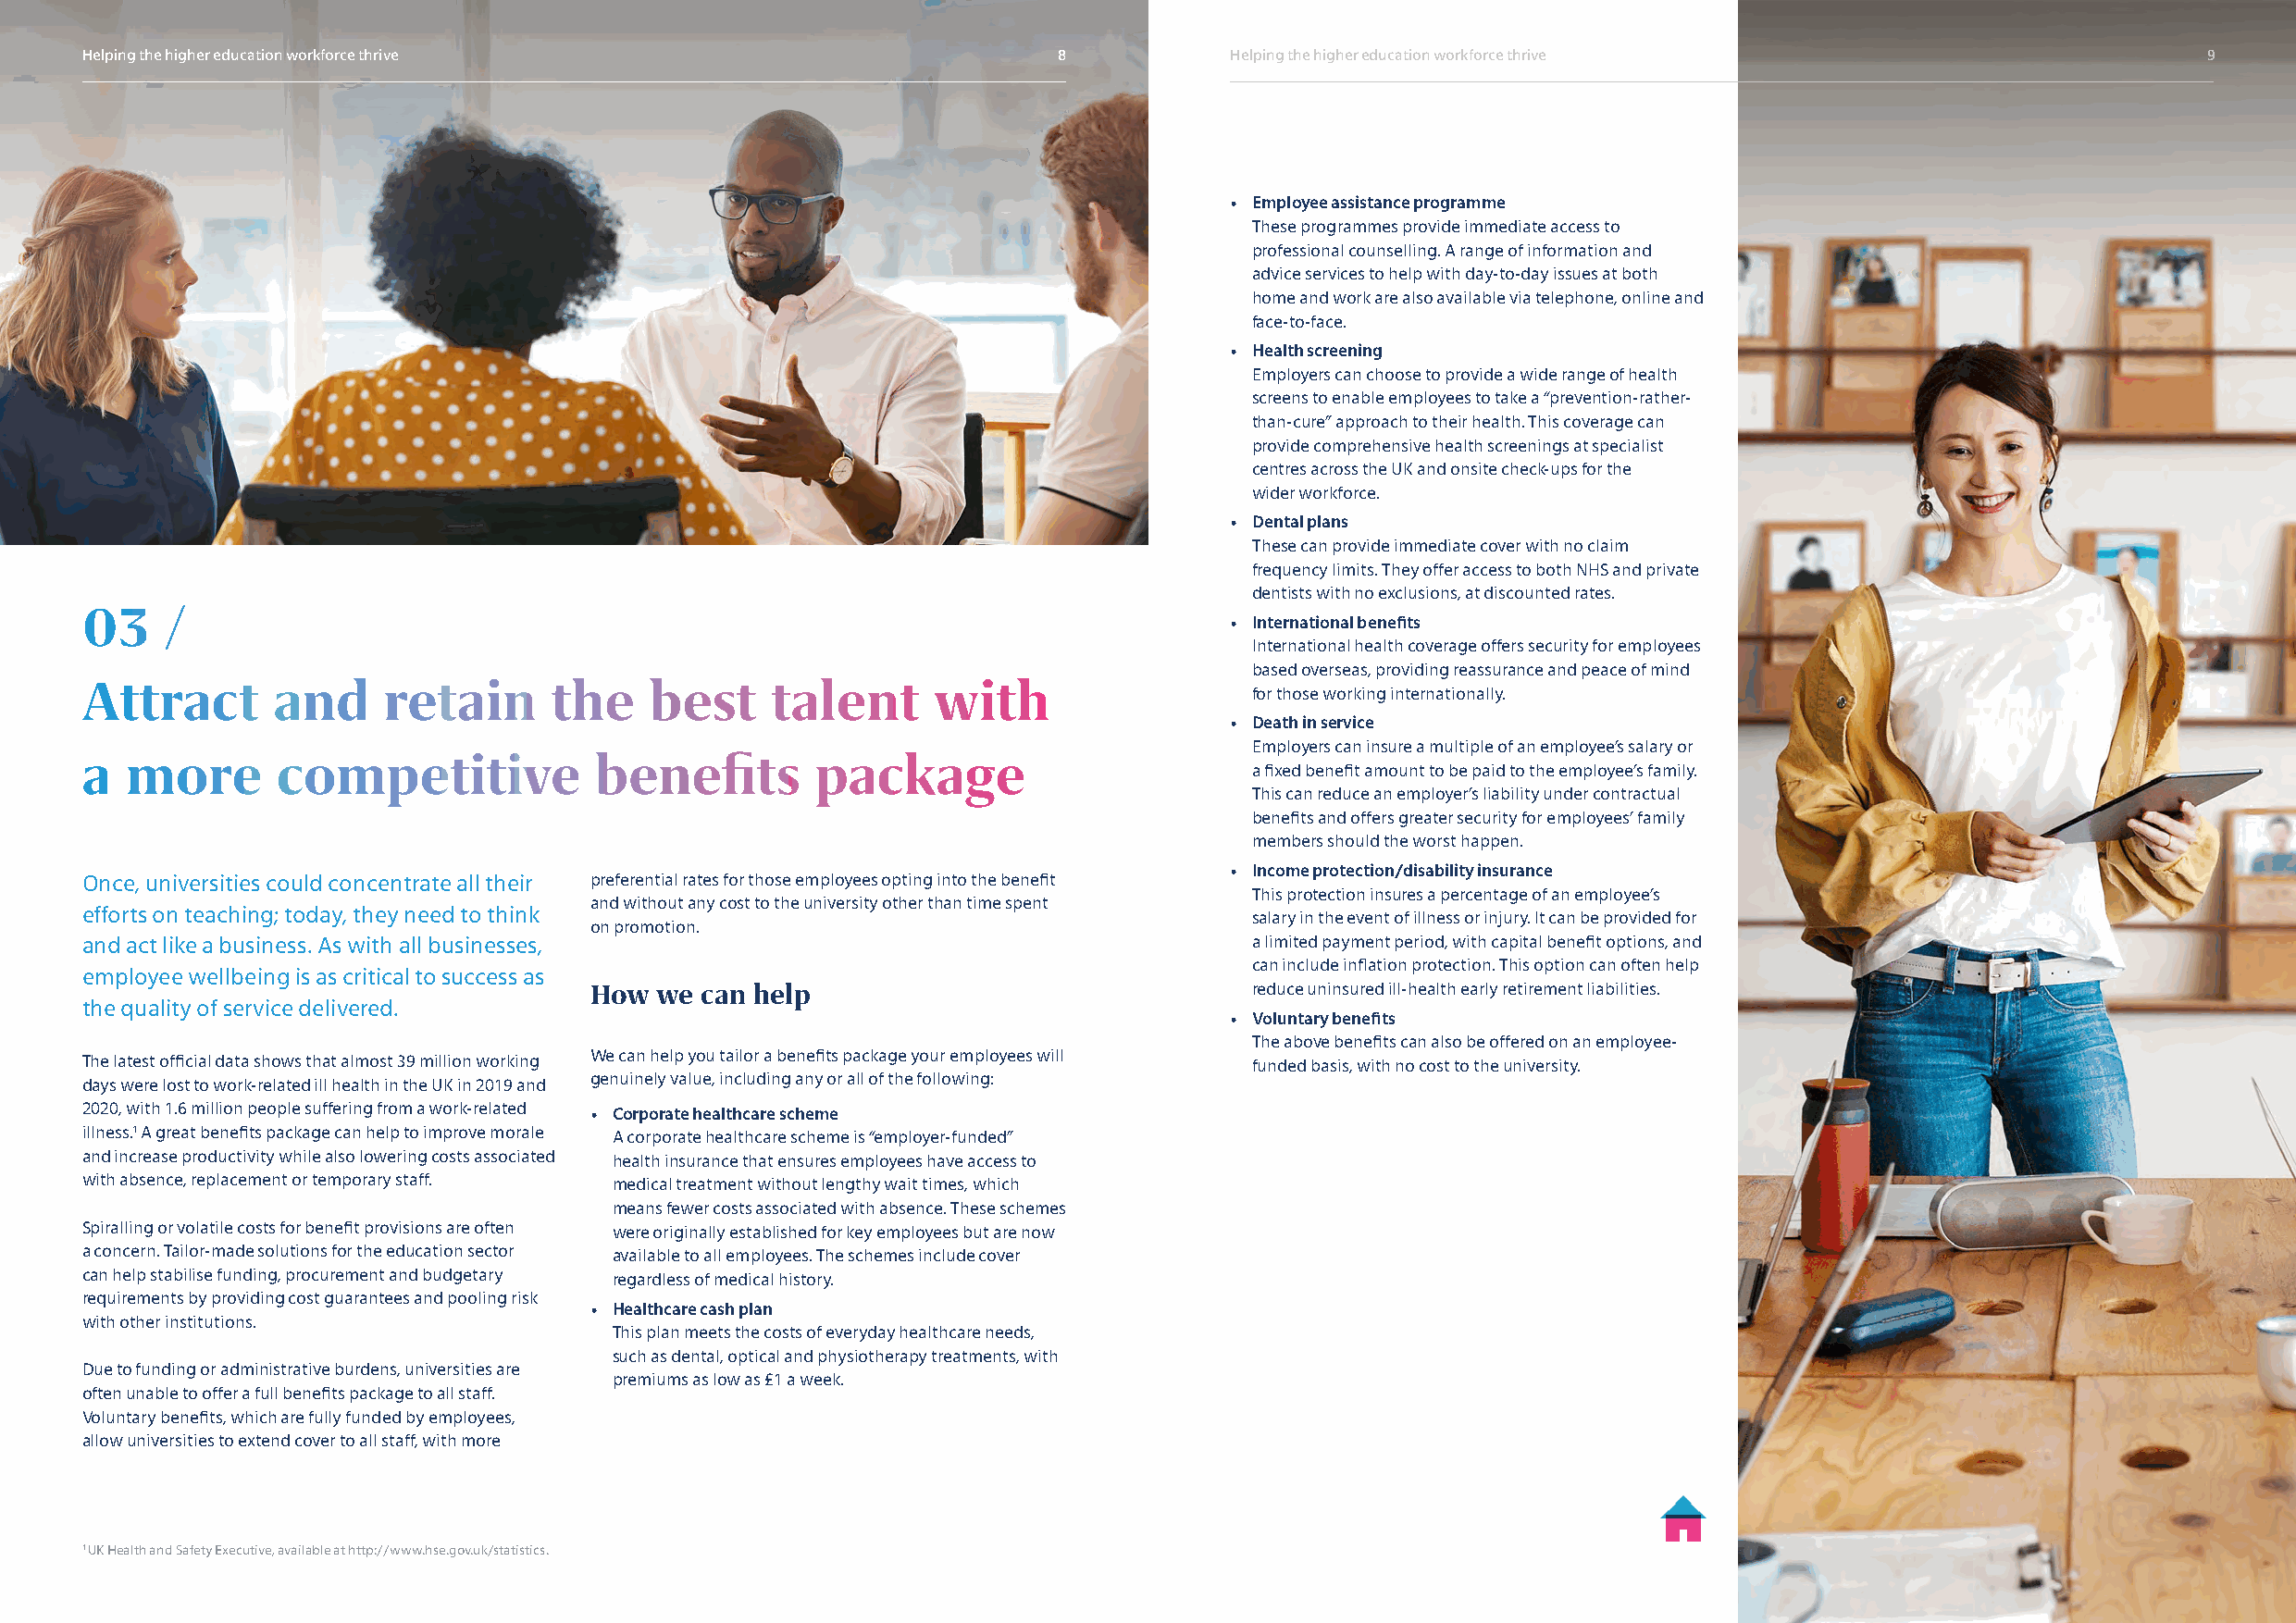
Helping the higher education workforce thrive                         8           Helping the higher education workforce thrive                         9
 • Employee assistance programme
 These programmes provide immediate access to
 professional counselling. A range of information and
 advice services to help with day-to-day issues at both
 home and work are also available via telephone, online and
 face-to-face.
 • Health screening
 Employers can choose to provide a wide range of health
 screens to enable employees to take a “prevention-rather-
 than-cure” approach to their health. This coverage can
 provide comprehensive health screenings at specialist
 centres across the UK and onsite check-ups for the
 wider workforce.
 • Dental plans
 These can provide immediate cover with no claim
 frequency limits. They offer access to both NHS and private
 dentists with no exclusions, at discounted rates.
 03    /
 • International benefits
 International health coverage offers security for employees
 based overseas, providing reassurance and peace of mind
 Attract       and    retain      the    best     talent      with
 for those working internationally.
 • Death in service
 Employers can insure a multiple of an employee’s salary or
 a  more       competitive            benefits       package
 a fixed benefit amount to be paid to the employee’s family.
 This can reduce an employer’s liability under contractual
 benefits and offers greater security for employees’ family
 members should the worst happen.
 • Income protection/disability insurance
 Once, universities could concentrate all their preferential rates for those employees opting into the benefit
 This protection insures a percentage of an employee’s
 and without any cost to the university other than time spent
 efforts on teaching; today, they need to think                                      salary in the event of illness or injury. It can be provided for
 on promotion.
 and act like a business. As with all businesses,                                    a limited payment period, with capital benefit options, and
 can include inflation protection. This option can often help
 employee wellbeing is as critical to success as
 How  we can help                                reduce uninsured ill-health early retirement liabilities.
 the quality of service delivered.
 • Voluntary benefits
 The above benefits can also be offered on an employee-
 We can help you tailor a benefits package your employees will
 The latest official data shows that almost 39 million working                       funded basis, with no cost to the university.
 genuinely value, including any or all of the following:
 days were lost to work-related ill health in the UK in 2019 and
 2020, with 1.6 million people suffering from a work-related • Corporate healthcare scheme
 illness.1 A great benefits package can help to improve morale A corporate healthcare scheme is “employer-funded”
 and increase productivity while also lowering costs associated health insurance that ensures employees have access to
 with absence, replacement or temporary staff. medical treatment without lengthy wait times, which
 means fewer costs associated with absence. These schemes
 Spiralling or volatile costs for benefit provisions are often were originally established for key employees but are now
 a concern. Tailor-made solutions for the education sector available to all employees. The schemes include cover
 can help stabilise funding, procurement and budgetary regardless of medical history.
 requirements by providing cost guarantees and pooling risk
 • Healthcare cash plan
 with other institutions.
 This plan meets the costs of everyday healthcare needs,
 such as dental, optical and physiotherapy treatments, with
 Due to funding or administrative burdens, universities are
 premiums as low as £1 a week.
 often unable to offer a full benefits package to all staff.
 Voluntary benefits, which are fully funded by employees,
 allow universities to extend cover to all staff, with more
 1 UK Health and Safety Executive, available at http://www.hse.gov.uk/statistics.